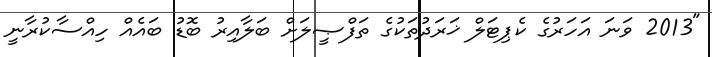
"2013 ވަނަ އަހަރުގެ ކެޕިޓަލް ޚަރަދުތަކުގެ ތަފްޞީލަށް ބަލާއިރު ބޮޑު ބައެއް ހިއްސާކުރާނީ